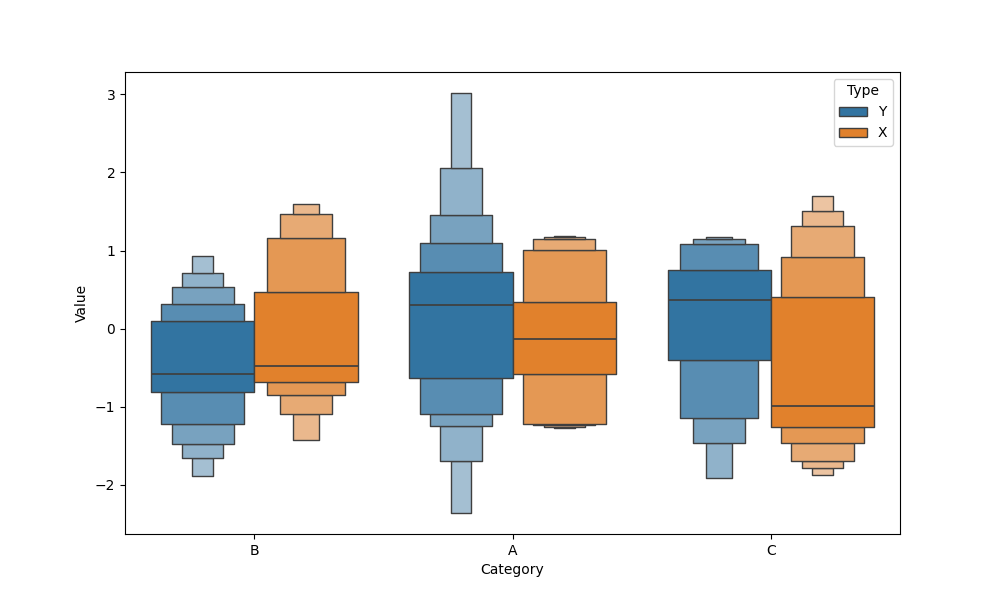
python, seaborn, boxenplot, k_depth='full', linewidth=1, scale='linear', outlier_prop=0.2, showfliers=True